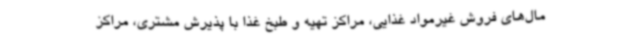
مال‌های فروش غیرمواد غذایی، مراکز تهیه و طبخ غذا با پذیرش مشتری، مراکز